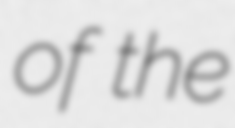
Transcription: of the